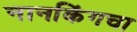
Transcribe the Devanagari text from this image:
नानकिंगचा